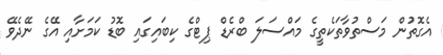
އެގޮތުން މަސްތުވާތަކެތީގެ މައްސަލަ ބްރެޑް ޕިޓްގެ ކިބައިގައި ބޮޑު ކަމަށާއި އޭގެ ނޭދެވޭ